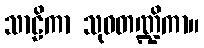
သာဠိကာ သုဝတဏ္ဍိကာ။